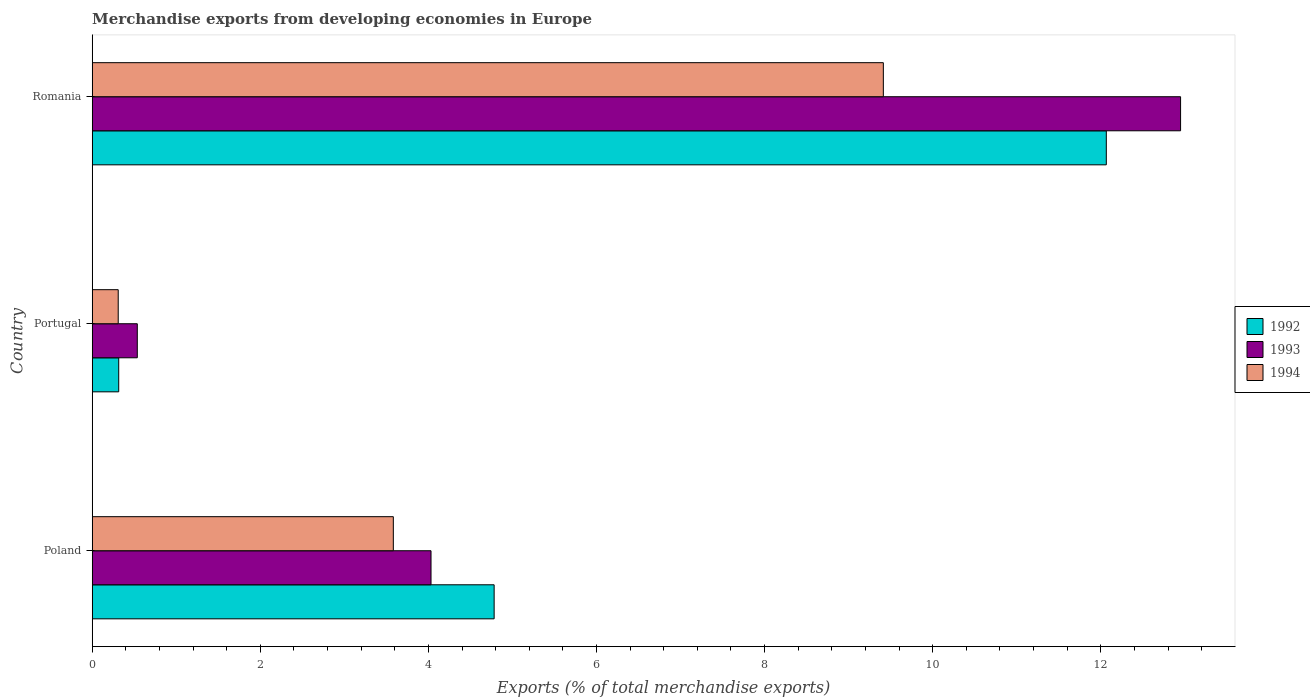
| Country | 1992 | 1993 | 1994 |
 | --- | --- | --- | --- |
 | Poland | 4.78 | 4.03 | 3.58 |
 | Portugal | 0.315 | 0.536 | 0.309 |
 | Romania | 12.1 | 12.9 | 9.41 |